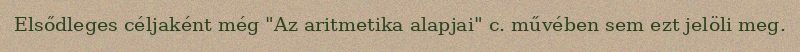
Elsődleges céljaként még "Az aritmetika alapjai" c. művében sem ezt jelöli meg.